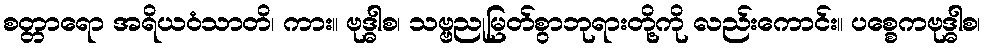
စတ္တာရော အရိယဝံသာတိ၊ ကား။ ဗုဒ္ဓါစ၊ သဗ္ဗညုမြတ်စွာဘုရားတို့ကို လည်းကောင်း။ ပစ္စေကဗုဒ္ဓါစ၊